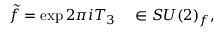
\tilde { f } = \exp 2 \pi i T _ { 3 } \ \ \ \in S U ( 2 ) _ { f } ,